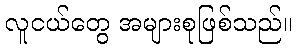
လူငယ်တွေ အများစုဖြစ်သည်။